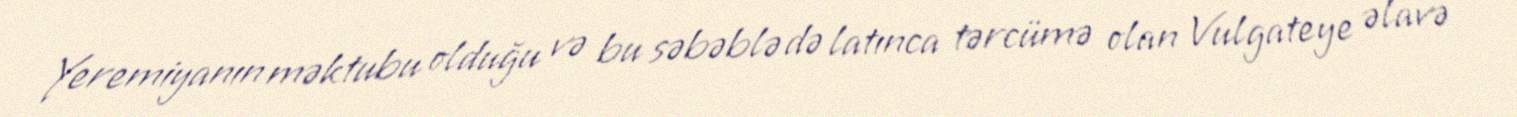
Yeremiyanın məktubu olduğu və bu səbəblə də latınca tərcümə olan Vulgateye əlavə